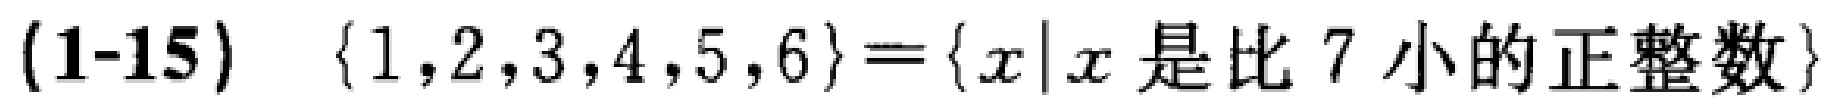
(1-15) \(\{1,2,3,4,5,6\}=\{x|x\text{ 是比 } 7 \text{ 小的正整数}\}\)